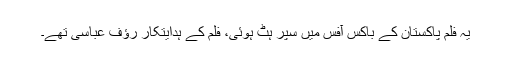
یہ فلم پاکستان کے باکس آفس میں سپر ہٹ ہوئی، فلم کے ہدایتکار رؤف عباسی تھے۔